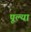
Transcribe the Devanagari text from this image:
पूल्या